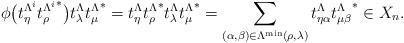
LaTeX: \begin{align*}\phi\big(t_\eta^{\Lambda^i} {t_\rho^{\Lambda^i}}^*\big)t_\lambda^\Lambda {t_\mu^\Lambda}^*=t_\eta^\Lambda {t_\rho^\Lambda}^* t_\lambda^\Lambda {t_\mu^\Lambda}^*=\sum_{(\alpha,\beta)\in \Lambda^{\min}(\rho,\lambda)}t_{\eta\alpha}^\Lambda {t_{\mu\beta}^\Lambda}^*\in X_n. \end{align*}